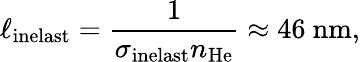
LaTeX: \ell_{\mathrm{inelast}}=\frac{1}{\sigma_{\mathrm{inelast}}n_{\mathrm{He}}}\approx 46~\mathrm{nm},